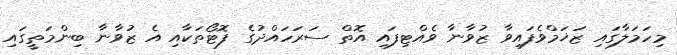
މިހަމަލާގައި ޒަޚަމްވެފައިވާ ޒުވާނާ ވެއްޓިފައި އޮތް ސަރަހައްދުގެ ފޮޓޯތަކާއި އެ ޒުވާނާ ބިންމަތީގައި